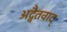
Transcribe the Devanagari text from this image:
अद्वैतवाद्